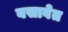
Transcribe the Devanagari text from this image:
बसावेत